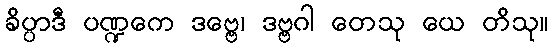
ခိပ္ပာဒီ ပဏ္ဍကေ ဒဗ္ဗေ၊ ဒဗ္ဗဂါ တေသု ယေ တိသု။